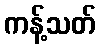
ကန့်သတ်